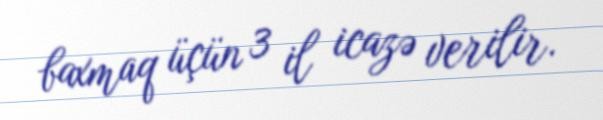
baxmaq üçün 3 il icazə verilir.